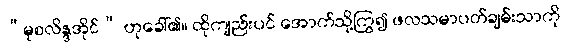
“မုစလိန္ဒအိုင်” ဟုခေါ်၏။ ထိုကျည်းပင် အောက်သို့ကြွ၍ ဖလသမာပတ်ချမ်းသာကို